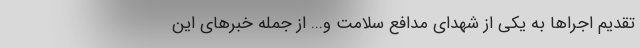
تقدیم اجراها به یکی از شهدای مدافع سلامت و... از جمله خبرهای این